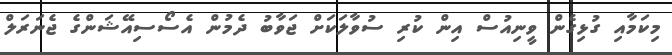
މިކަމާއި ގުޅިގެން ވީނިއުސް އިން ކުރި ސުވާލަކަށް ޖަވާބު ދެމުން އެސޯސިއޭޝަންގެ ޖެނަރަލް